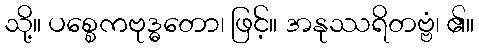
သို့။ ပစ္စေကဗုဒ္ဓတော၊ ဖြင့်။ အနုဿရိတဗ္ဗံ၊ ၏။